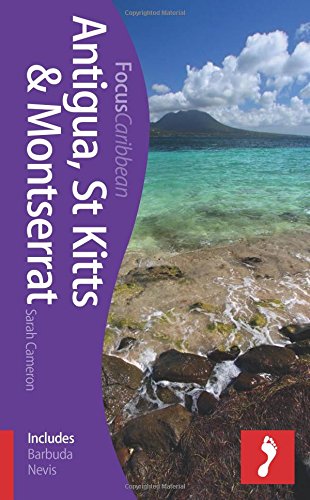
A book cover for Antigua, St Kitts & Montserrat Focus Guide: Includes Barbuda, Nevis, Brimstone Hill Fortress (Footprint Focus); Sarah Cameron; Travel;